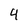
Character: 4